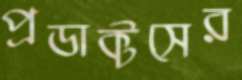
প্রডাক্টসের